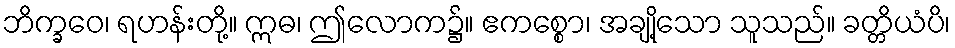
ဘိက္ခဝေ၊ ရဟန်းတို့။ ဣဓ၊ ဤလောက၌။ ဧကစ္စော၊ အချို့သော သူသည်။ ခတ္တိယံပိ၊